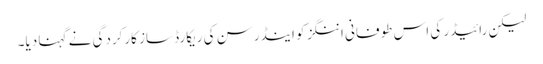
لیکن رائیڈر کی اس طوفانی اننگز کو اینڈرسن کی ریکارڈ ساز کارکردگی نے گہنا دیا۔